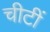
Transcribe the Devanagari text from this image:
चीटीं